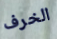
الخرف